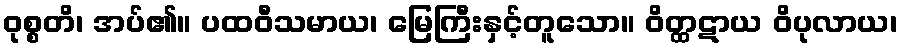
ဝုစ္စတိ၊ အပ်၏။ ပထဝီသမာယ၊ မြေကြီးနှင့်တူသော။ ဝိတ္ထဋာယ ဝိပုလာယ၊